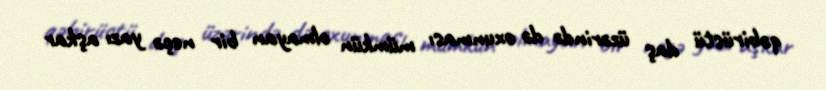
qəbirüstü daş üzərində də oxunması mümkün olmayan bir neçə yazı aşkar